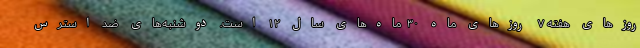
روزهای هفته ۷  روزهای ماه ۳۰  ماه‌های سال ۱۲ است. دوشنبه‌های ضد استرس